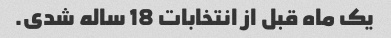
یک ماه قبل از انتخابات 18 ساله شدی.